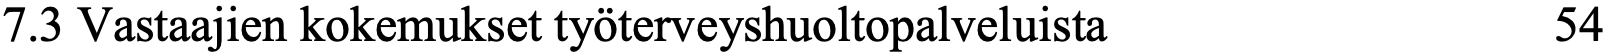
7.3 Vastaajien kokemukset työterveyshuoltopalveluista 54